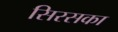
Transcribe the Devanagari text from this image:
सिरसका